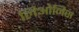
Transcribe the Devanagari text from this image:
लिओनिस